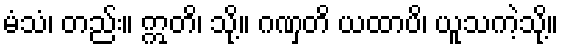
မံသံ၊ တည်း။ ဣတိ၊ သို့။ ဂဏှတိ ယထာပိ၊ ယူသကဲ့သို့။